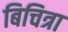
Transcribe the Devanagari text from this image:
बिचित्रा